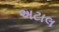
અટાલ